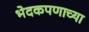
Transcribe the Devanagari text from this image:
भेदकपणाच्या